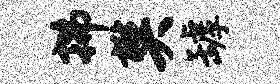
拂樊罅